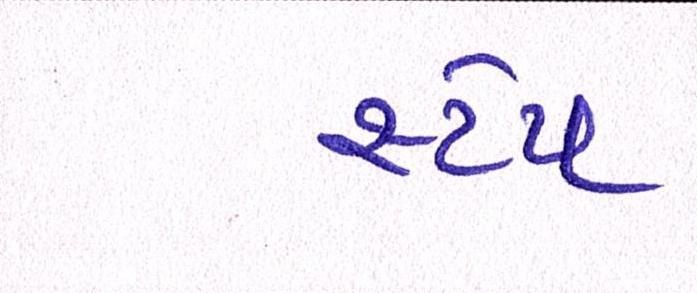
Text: સ્ટેપ